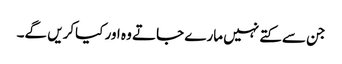
جن سے کتے نہیں مارے جاتے وہ اور کیاکریں گے۔